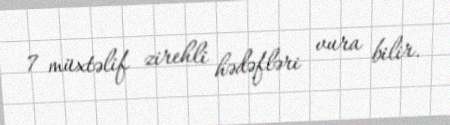
7 müxtəlif zirehli hədəfləri vura bilir.